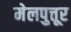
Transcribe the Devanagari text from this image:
मेलपुत्तूर